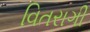
વિતરાગી